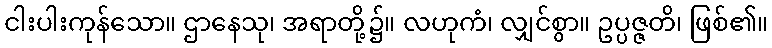
ငါးပါးကုန်သော။ ဌာနေသု၊ အရာတို့၌။ လဟုကံ၊ လျှင်စွာ။ ဥပ္ပဇ္ဇတိ၊ ဖြစ်၏။